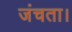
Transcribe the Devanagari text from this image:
जंचता।